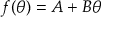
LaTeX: f ( \theta ) = A + B \theta